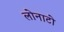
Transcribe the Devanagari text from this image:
लोनाटो